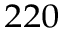
^ { 2 2 0 }